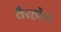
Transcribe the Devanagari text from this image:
वैरहॉल